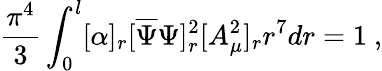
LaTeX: \frac{\pi^{4}}{3}\int_{0}^{l}[\alpha]_{r}[\overline{{{\Psi}}}\Psi]_{r}^{2}[A_{\mu}^{2}]_{r}r^{7}dr=1~,